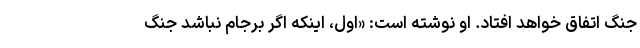
جنگ اتفاق خواهد افتاد. او نوشته است: «اول، اینکه اگر برجام نباشد جنگ